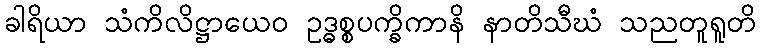
ခါရိယာ သံကိလိဋ္ဌာယေဝ ဥဒ္ဓစ္စပက္ခိကာနိ နာတိသီဃံ သညတူရူတိ